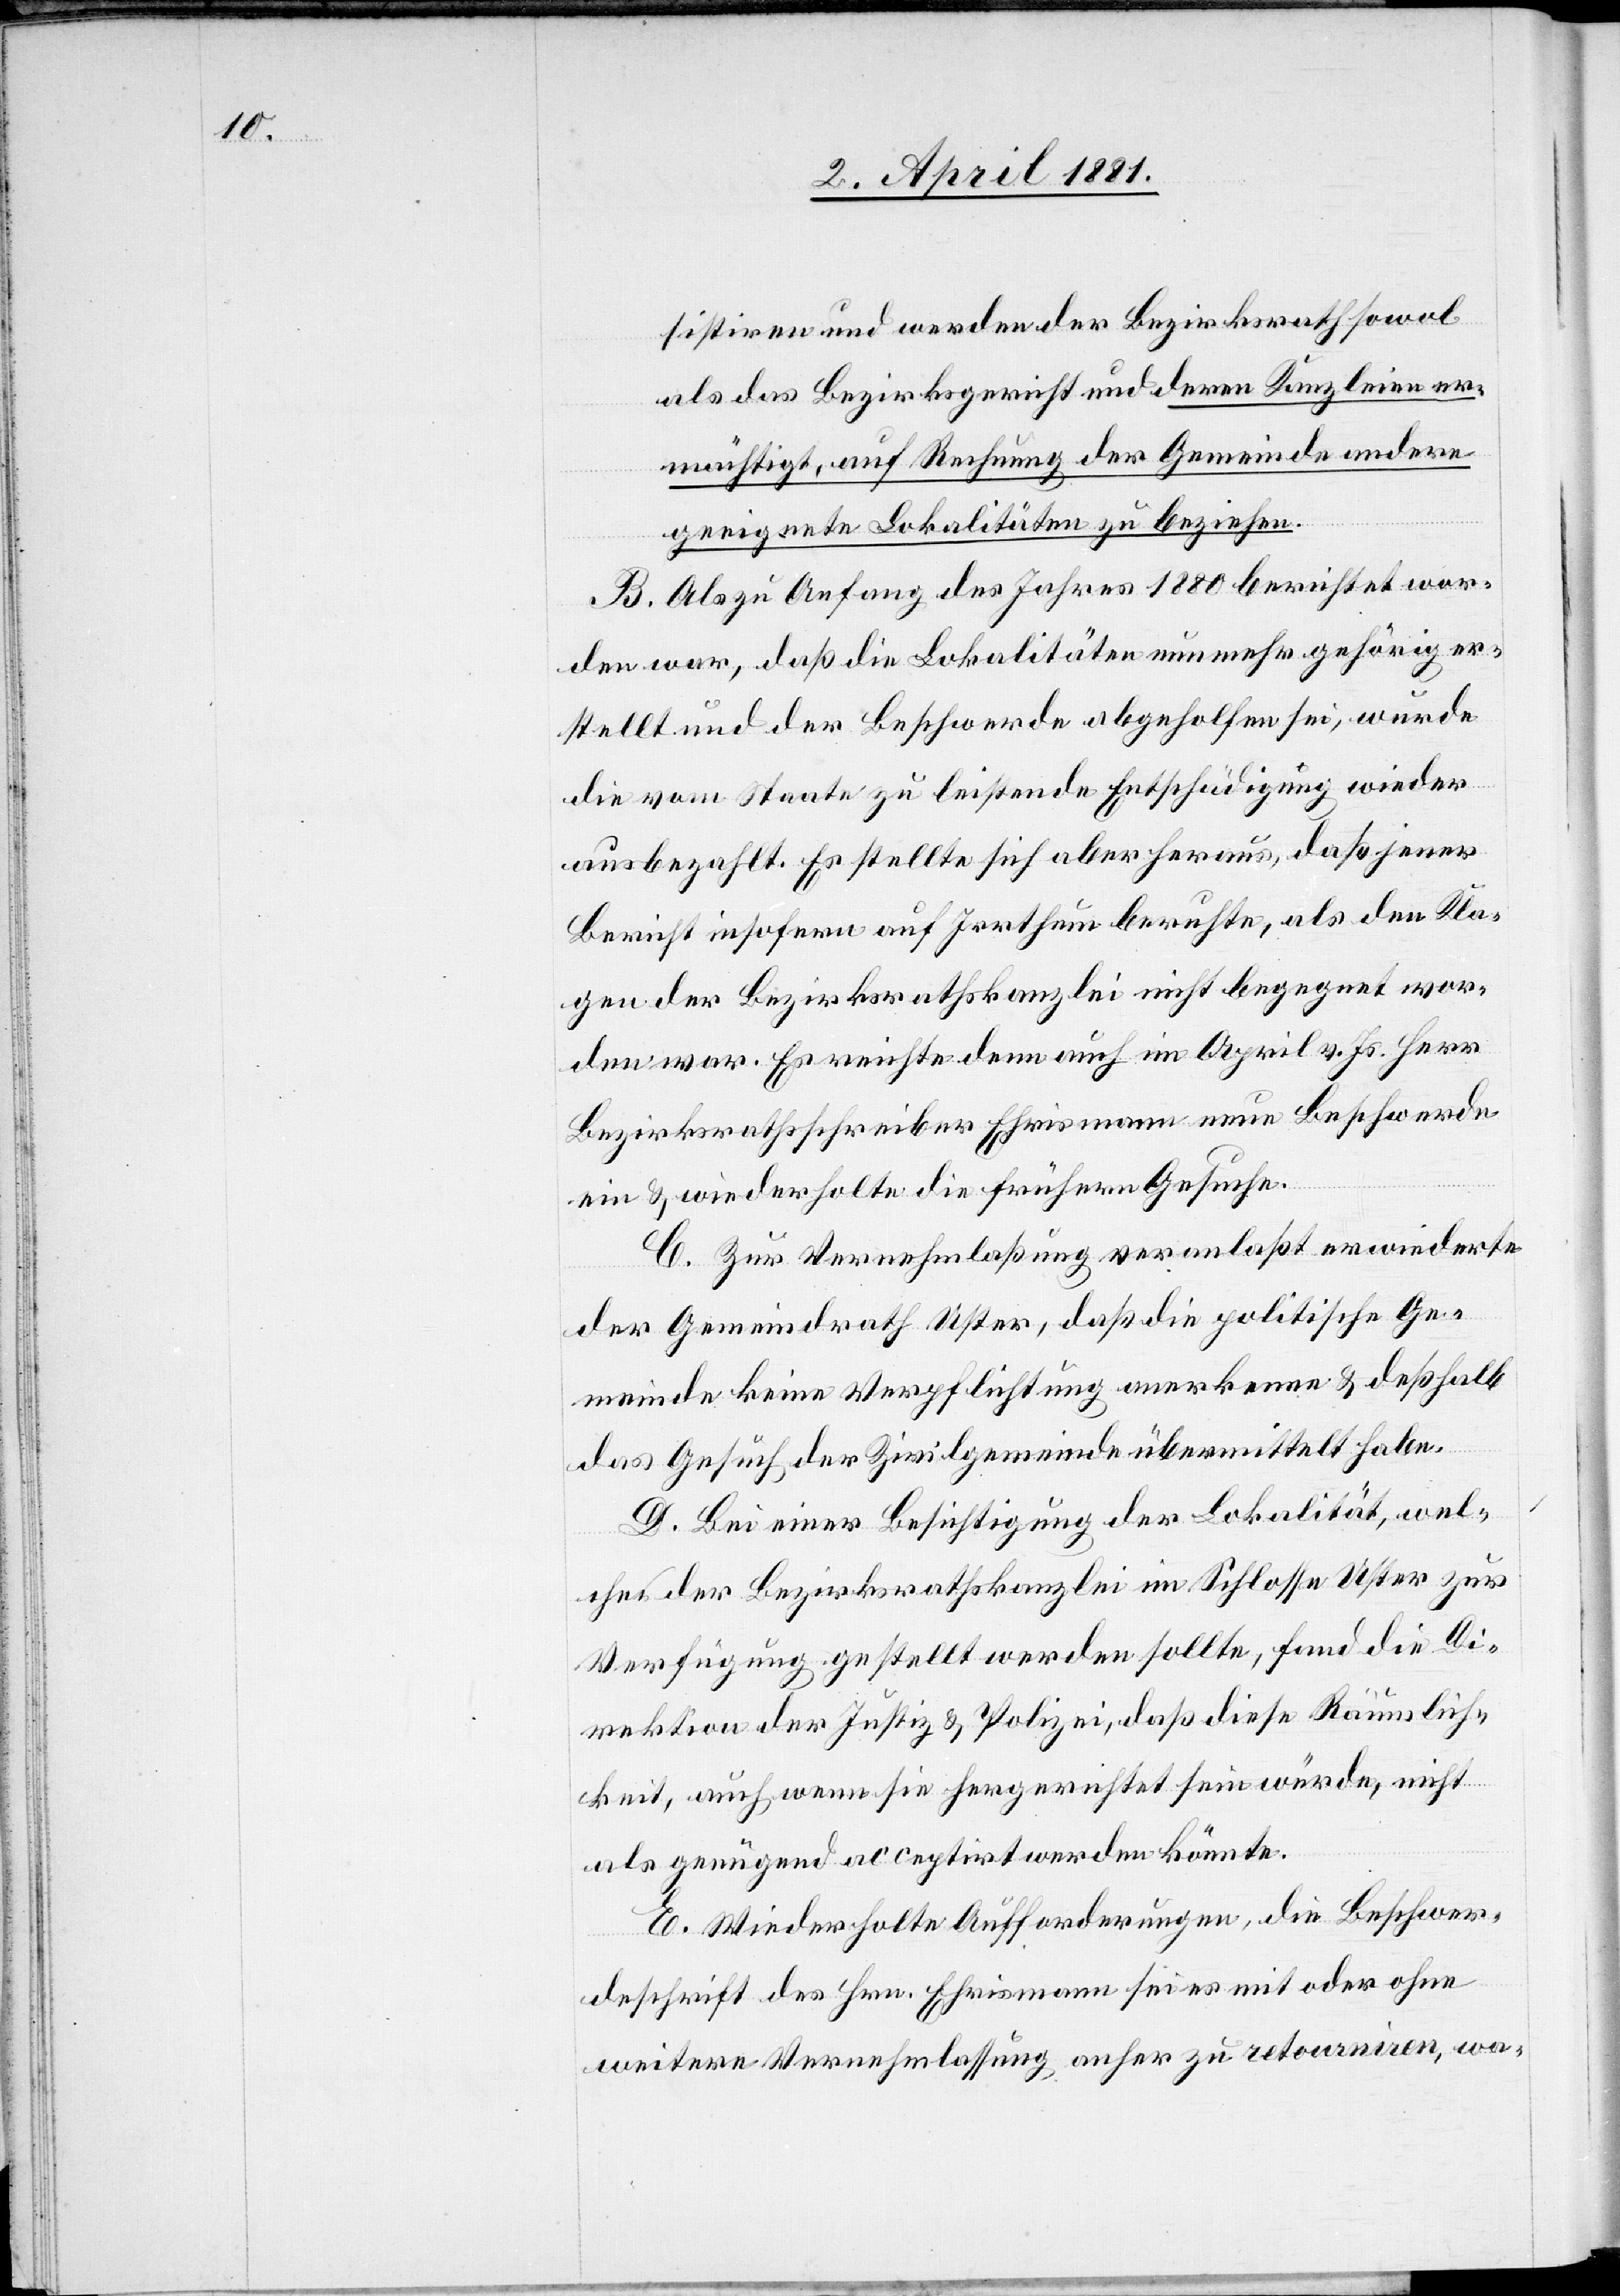
sistiren und werden der Bezirksrath sowol
als das Bezirksgericht und deren Kanzleien er¬
mächtigt, auf Rechnung der Gemeinde andere
geeignete Lokalitäten zu beziehen.
B. Als zu Anfang des Jahres 1880 berichtet wor¬
den war, daß die Lokalitäten nun mehr gehörig er¬
stellt und der Beschwerde abgeholfen sei, wurde
die vom Staate zu leistende Entschädigung wieder
ausbezahlt. Es stellte sich aber heraus, daß jener
Bericht insofern auf Irrthum beruhte, als den Kla¬
gen der Bezirksrathskanzlei nicht begegnet wor¬
den war. Es reichte denn auch im April v. Js. Herr
Bezirksrathsschreiber Ehrismann neue Beschwerde
ein & wiederholte die frühern Gesuche.
C. Zur Vernehmlaßung veranlaßt erwiederte
der Gemeindrath Uster, daß die politische Ge¬
meinde keine Verpflichtung anerkenne & deßhalb
das Gesuch der Zivilgemeinde übermittelt habe.
D. Bei einer Besichtigung der Lokalität, wel¬
che der Bezirksrathskanzlei im Schlosse Uster zur
Verfügung gestellt werden sollte, fand die Di¬
rektion der Justiz & Polizei, daß diese Räumlich¬
keit, auch wenn sie hergerichtet sein würde, nicht
als genügend acceptirt werden könnte.
E. Wiederholte Aufforderungen, die Beschwer¬
deschrift des Hrn. Ehrismann sei es mit oder ohne
weitere Vernehmlassung anher zu retourniren, wa-